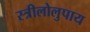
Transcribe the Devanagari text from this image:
स्त्रीलोलुपाय